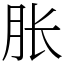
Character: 胀